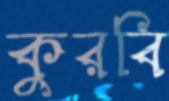
কুরবি